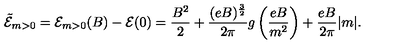
{ \tilde { \cal { E } } } _ { m > 0 } = { \cal { E } } _ { m > 0 } ( B ) - { \cal { E } } ( 0 ) = \frac { B ^ { 2 } } { 2 } + \frac { ( e B ) ^ { \frac { 3 } { 2 } } } { 2 \pi } g \left( \frac { e B } { m ^ { 2 } } \right) + \frac { e B } { 2 \pi } | m | .